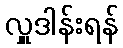
လှူဒါန်းရန်